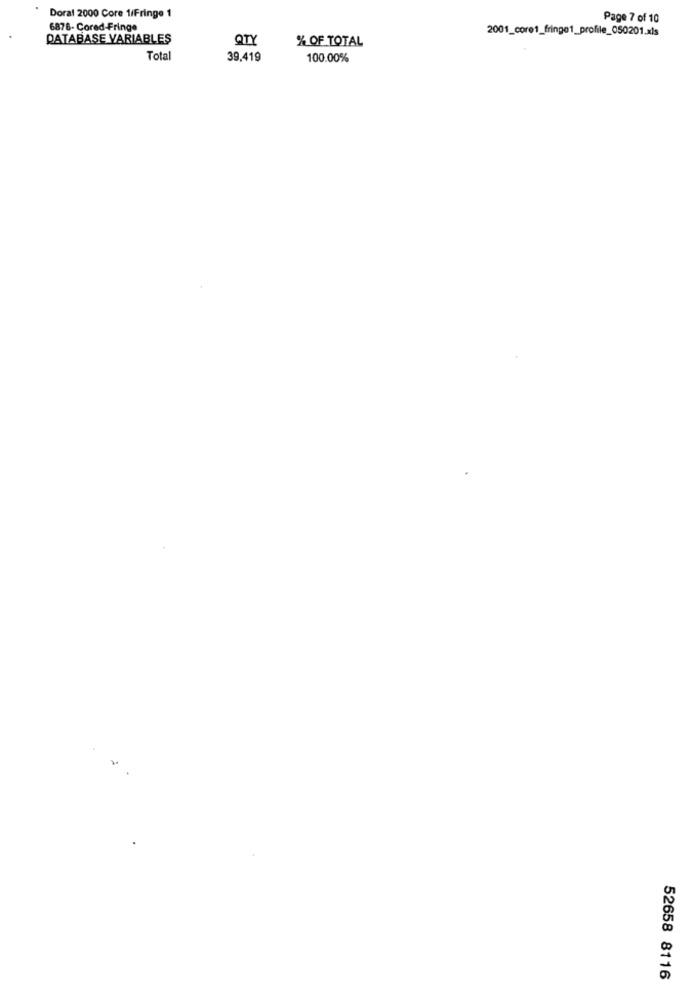
Doral 2000 Core 1/Fringe 1
Page 7 of 10
6878- Cored-Fringe
2001_core1_fringe1_profile_050201.xls
DATABASE VARIABLES
QTY
% OF TOTAL
Total
39,419
100.00%
52658 8116